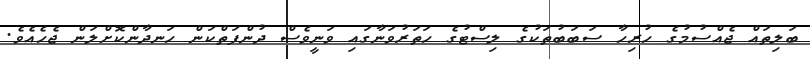
ބަލިތައް ޖެއްސުމުގެ ހުރިހާ ސަބަބުތަކުގެ ލިސްޓުގެ ހަތަރުވަނާގައި ވަނީވެސް ދުންފަތްކަން ހަނދާންކޮށްލަން ޖެހެއެވެ.